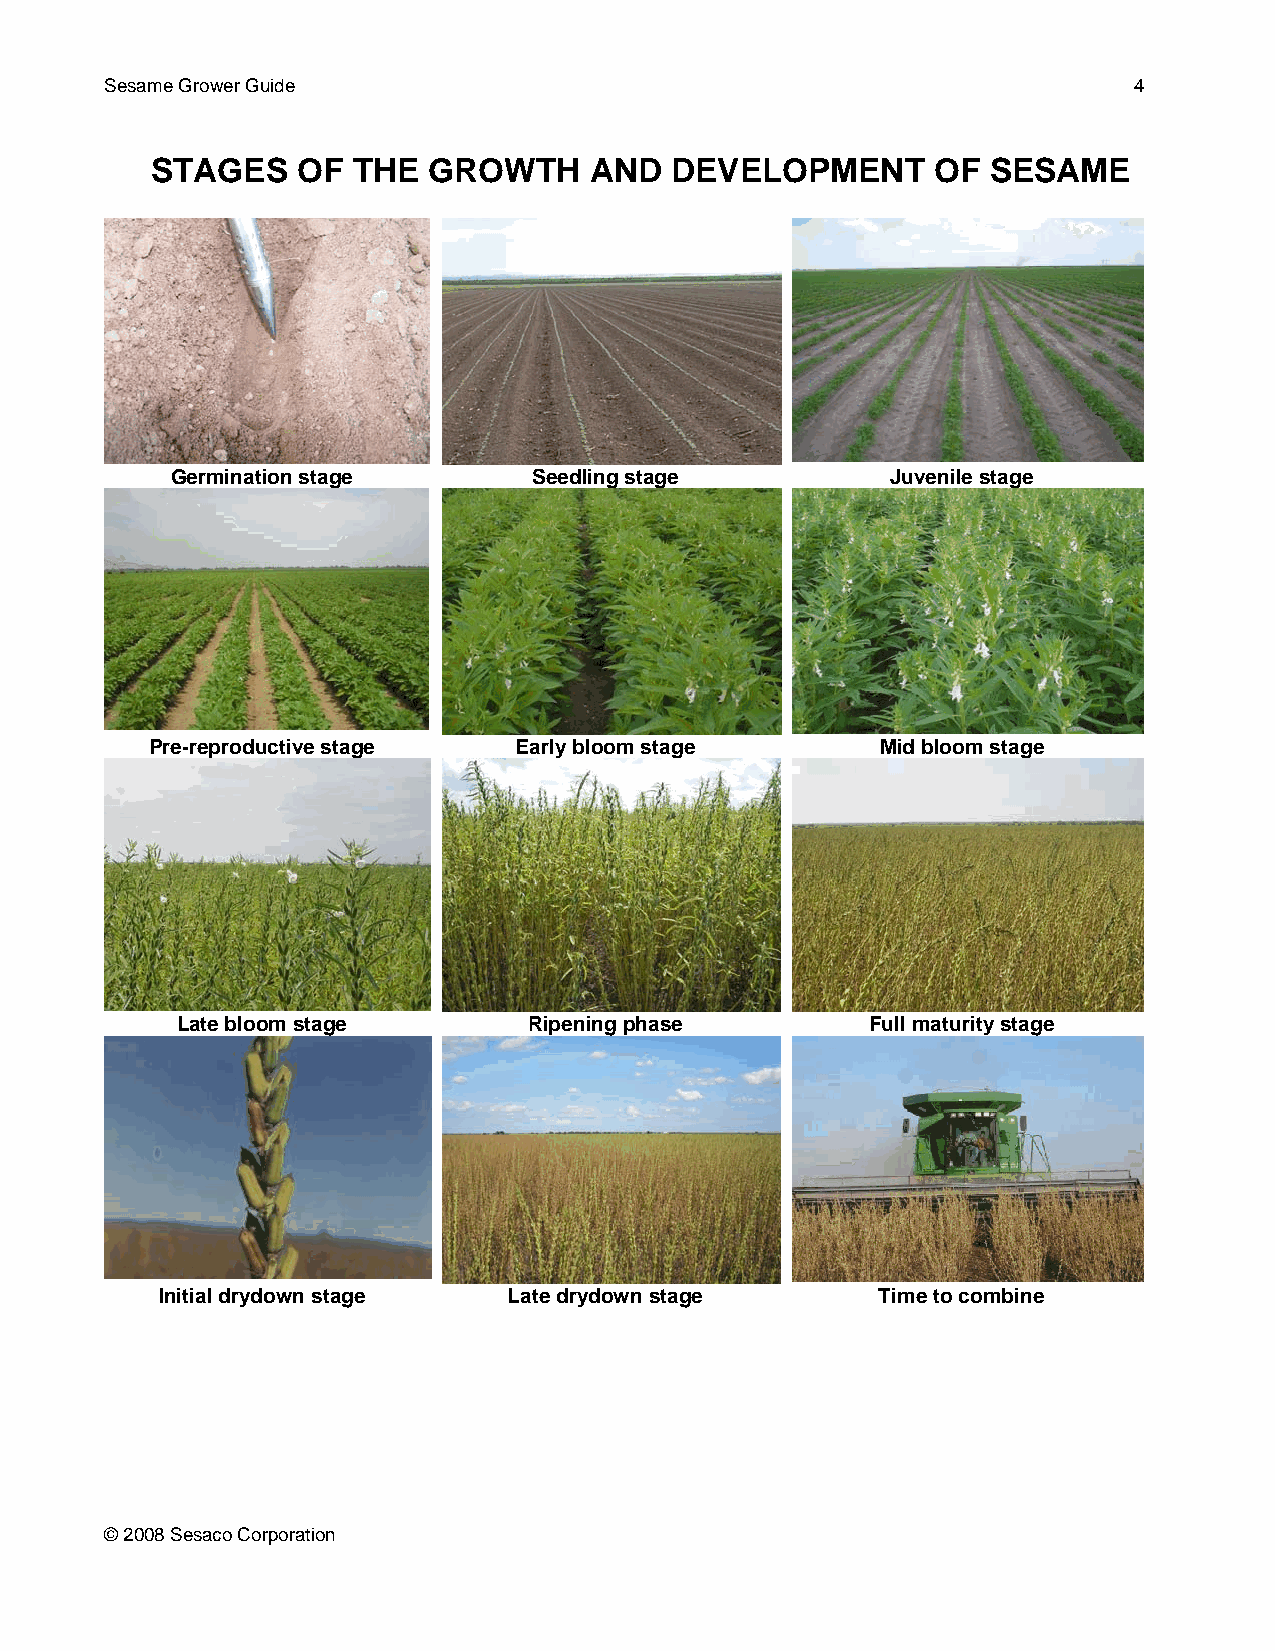
Sesame Grower Guide                                                 4
 STAGES    OF THE  GROWTH     AND  DEVELOPMENT       OF  SESAME
 Germination stage       Seedling stage          Juvenile stage
 Pre-reproductive stage  Early bloom stage       Mid bloom stage
 Late bloom stage       Ripening phase         Full maturity stage
 Initial drydown stage  Late drydown stage      Time to combine
 © 2008 Sesaco Corporation